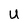
Character: U